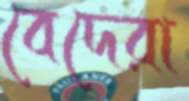
বেদেরা